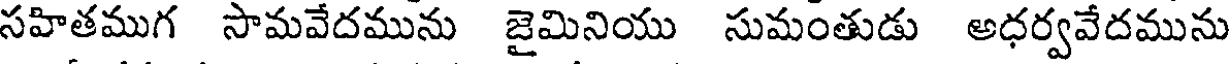
సహితముగ సామవేదమును జైమినియు సుమంతుడు అధర్వవేదమును